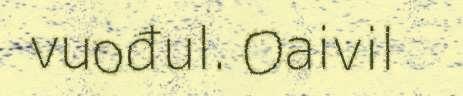
vuođul. Oaivil